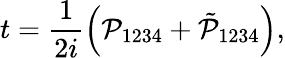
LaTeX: t=\frac{1}{2i}\Big(\mathcal P_{1234}+\tilde{\mathcal{P}}_{1234}\Big),